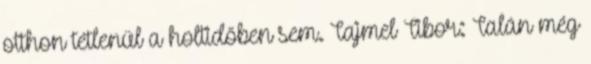
otthon tétlenül a holtidőben sem. Tajmel Tibor: Talán még